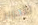
لتحرير